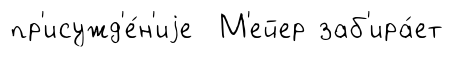
пр'исужд'е́н'иjе М'ейер заб'ира́ет